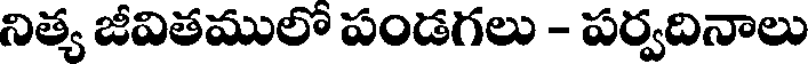
నిత్య జీవితములో పండగలు - పర్వదినాలు